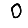
Digit: 0